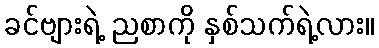
ခင်ဗျားရဲ့ ညစာကို နှစ်သက်ရဲ့လား။